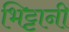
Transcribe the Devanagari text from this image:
भिट्टानी